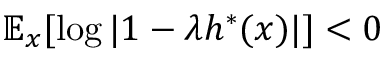
\mathbb { E } _ { x } [ \log | 1 - \lambda h ^ { * } ( x ) | ] < 0